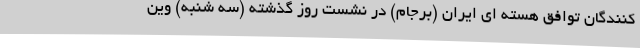
کنندگان توافق هسته ای ایران (برجام) در نشست روز گذشته (سه شنبه) وین